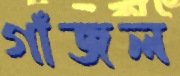
গাঁজল